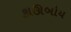
કાઊબોય